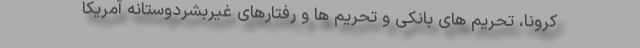
کرونا، تحریم های بانکی و تحریم ها و رفتارهای غیربشردوستانه آمریکا